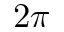
2 \pi